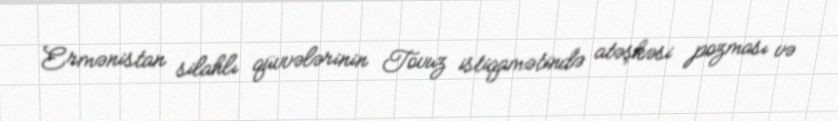
Ermənistan silahlı qüvvələrinin Tovuz istiqamətində atəşkəsi pozması və